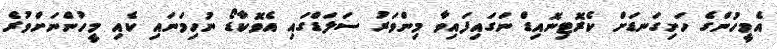
އެމީހުންގެ ހަށިގަނޑަށް ކެރޮޓިނޮއިޑް ނަގައިފައިވާ މިންވަރު ސަލަޑްގައި އެވޮކާޑޯ ނުހިމަނައި ކެއި މީހުންނަށްވުރެ